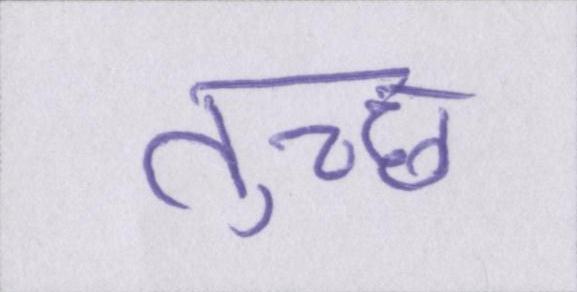
तुच्छ